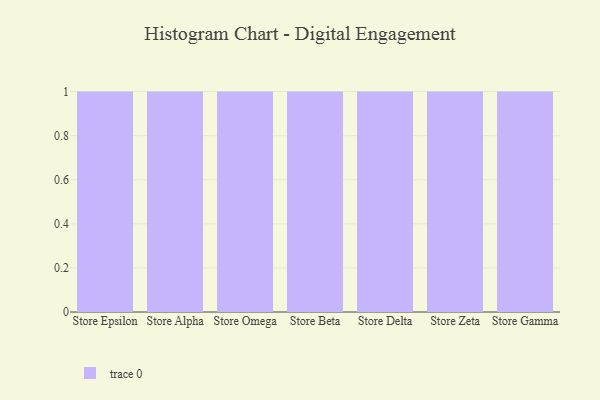
{"axis": {"x": "Store", "y": "Operating Costs (USD K)"}, "legend": [""], "data": [{"x": "Store Epsilon", "y": 59, "type": ""}, {"x": "Store Alpha", "y": 35, "type": ""}, {"x": "Store Omega", "y": 52, "type": ""}, {"x": "Store Beta", "y": 84, "type": ""}, {"x": "Store Delta", "y": 33, "type": ""}, {"x": "Store Zeta", "y": 55, "type": ""}, {"x": "Store Gamma", "y": 69, "type": ""}]}